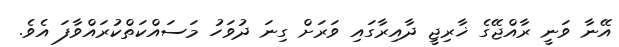
އޭނާ ވަނީ ރާއްޖޭގެ ޚާރިޖީ ދާއިރާގައި ވަރަށް ގިނަ ދުވަހު މަސައްކަތްކުރައްވާފަ އެވެ.